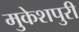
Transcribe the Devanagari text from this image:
मुकेशपुरी